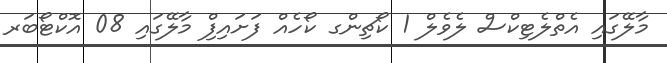
މާލޭގައި އެތްލެޓިކްސް ލެވެލް 1 ކޯޗިންގ ކޯހެއް ފަށައިފިް މާލޭގައި 08 އޮކްޓޯބަރ